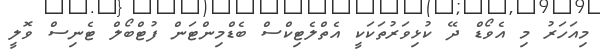
މިއަހަރު މި އެވޯޑް ދޭ ކުޅިވަރުތަކަކީ އެތްލެޓިކްސް ބެޑްމިންޓަން ފުޓްބޯލް ޓެނިސް ވޮލީ